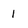
Character: 1